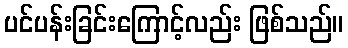
ပင်ပန်းခြင်းကြောင့်လည်း ဖြစ်သည်။